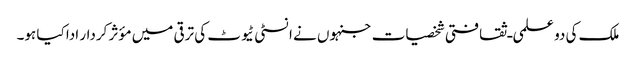
ملک کی دو علمی ـ ثقافتی شخصیات جنہوں نے انسٹی ٹیوٹ کی ترقی میں مؤثر کردار ادا کیا ہو۔